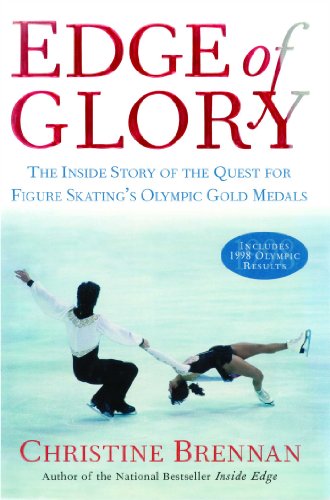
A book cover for Edge of Glory: The Inside Story of the Quest for Figure Skatings Olympic Gold Medals (Lisa Drew); Christine Brennan; Sports & Outdoors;